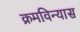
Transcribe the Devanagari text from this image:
क्रमविन्यास